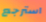
استرجع